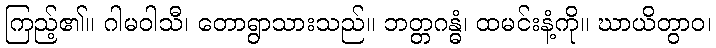
ကြည့်၏။ ဂါမဝါသီ၊ တောရွာသားသည်။ ဘတ္တဂန္ဓံ၊ ထမင်းနံ့ကို။ ဃာယိတွာဝ၊